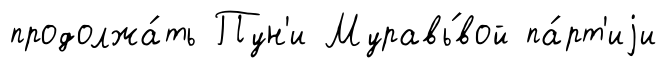
продолжа́ть Пун'и Муравь́вой па́рт'иjи